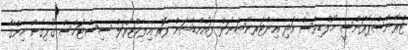
ޓްރާންސްޕޭރަންސީ މޯލްޑިވްސް އަދި އިންޓަރނޭޝަނަލް ފައުންޑޭޝަން ފޮރ އިލެކްޓޯރަލް ސިސްޓަމްސް ގުޅިގެން ހިންގާ